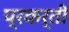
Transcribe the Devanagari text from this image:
प्रकर्ती